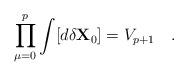
LaTeX: \begin{align*}\prod_{\mu=0}^p \int [d \delta {\bf X}_0 ] = V_{p+1} \quad .\end{align*}